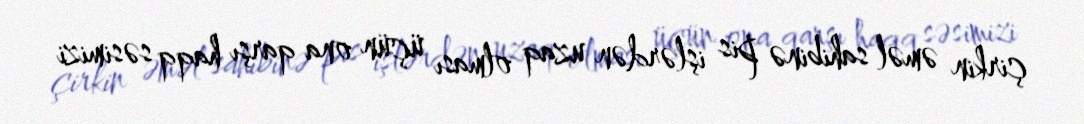
çirkin əməl sahibinə pis işlərdən uzaq olması üçün ona qarşı haqq səsimizi